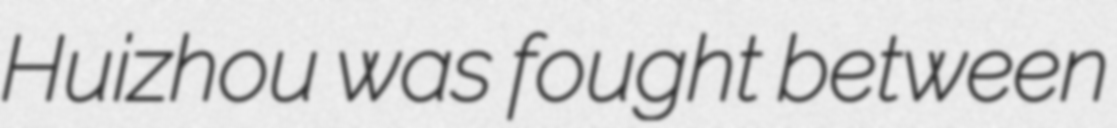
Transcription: Huizhou was fought between